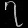
Digit: ၇